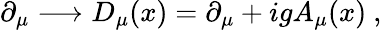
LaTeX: \partial_{\mu}\longrightarrow D_{\mu}(x)=\partial_{\mu}+igA_{\mu}(x)\ ,